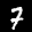
Label: 7